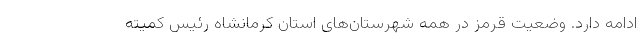
ادامه دارد. وضعیت قرمز در همه شهرستان‌های استان کرمانشاه رئیس کمیته